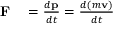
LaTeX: \begin{array} { r l } { \mathbf { F } } & { { } = { \frac { d \mathbf { p } } { d t } } = { \frac { d ( m \mathbf { v } ) } { d t } } } \end{array}